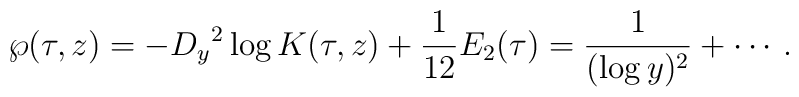
\wp(\tau,z)=-{D_y}^2\log K(\tau,z)+\frac{1}{12}E_2(\tau)=\frac{1}{(\log y)^2}+\cdots\,.